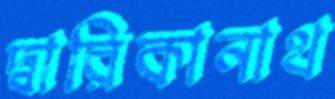
দ্বারিকানাথ